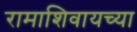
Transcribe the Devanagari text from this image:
रामाशिवायच्या